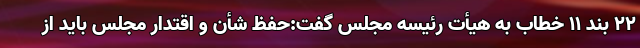
۲۲ بند ۱۱ خطاب به هیأت رئیسه مجلس گفت:حفظ شأن و اقتدار مجلس باید از